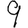
Digit: 9